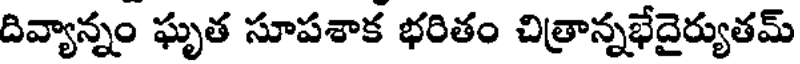
దివ్యాన్నం ఘృత సూపశాక భరితం చిత్రాన్నభేదైర్యుతమ్